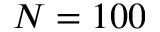
N = 1 0 0